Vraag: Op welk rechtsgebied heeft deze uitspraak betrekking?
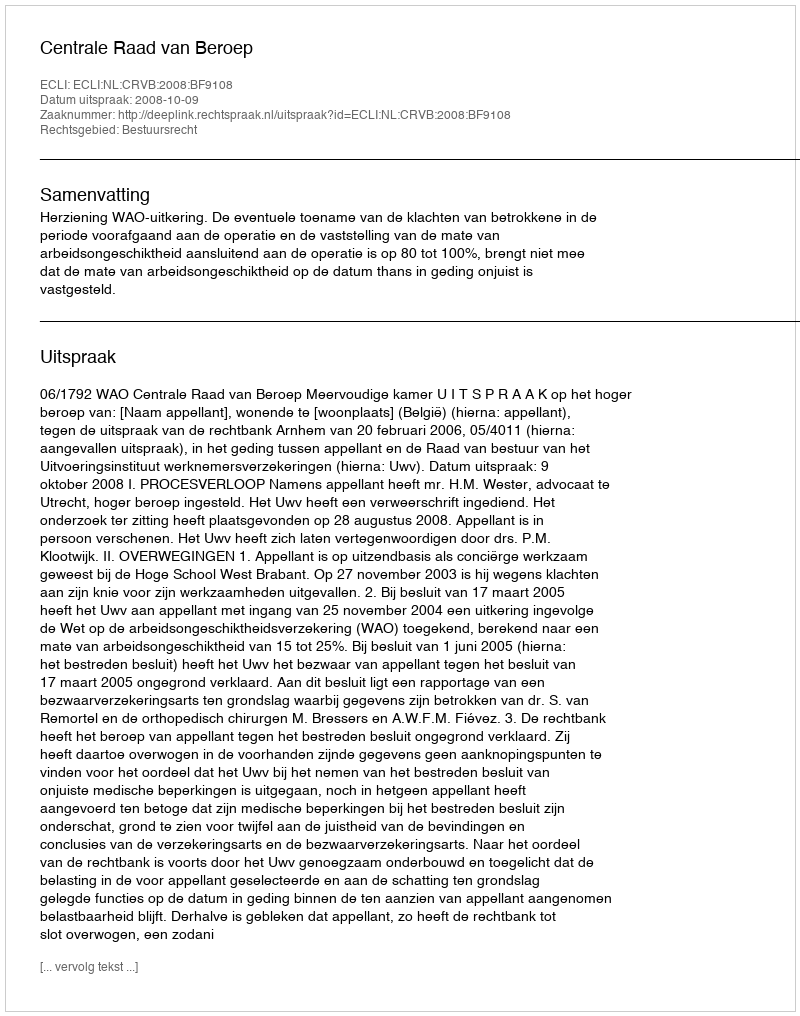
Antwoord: Bestuursrecht